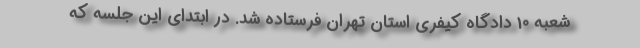
شعبه 10 دادگاه کیفری استان تهران فرستاده شد. در ابتدای این جلسه که